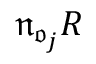
\mathfrak { n } _ { \mathfrak { o } _ { j } } R